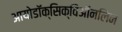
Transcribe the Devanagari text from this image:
आयोडॉक्सिक्विऑनलिन